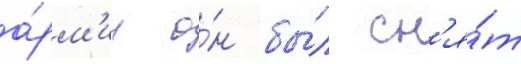
а́рм'ии о́н бы́л сн'я́т